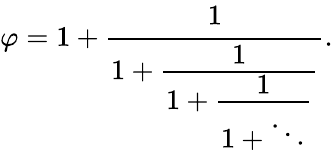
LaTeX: \varphi=1+{\cfrac{1}{1+{\cfrac{1}{1+{\cfrac{1}{1+\ddots}}}}}}.